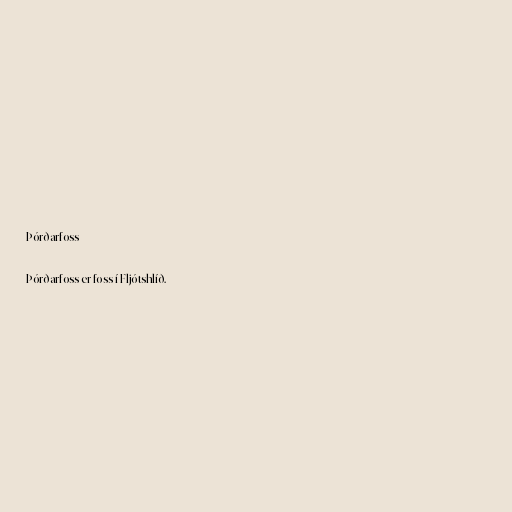
Þórðarfoss

Þórðarfoss er foss í Fljótshlíð.